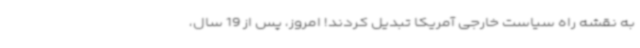
به نقشه راه سیاست خارجی آمریکا تبدیل کردند! امروز، پس از 19 سال،